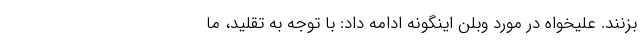
بزنند. علیخواه در مورد وبلن اینگونه ادامه داد: با توجه به تقلید، ما